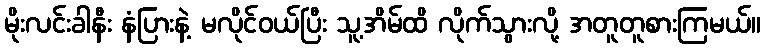
မိုးလင်းခါနီး နံပြားနဲ့ မလိုင်ဝယ်ပြီး သူ့အိမ်ထိ လိုက်သွားလို့ အတူတူစားကြမယ်။